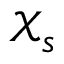
\mathcal { X } _ { s }